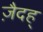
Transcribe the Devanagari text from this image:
ज़ैदह्